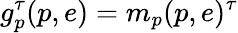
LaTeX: g_{p}^{\tau}(p,e)=m_{p}(p,e)^{\tau}